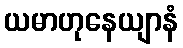
ယမာဟုနေယျာနံ